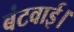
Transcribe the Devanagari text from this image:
बंटवाई।